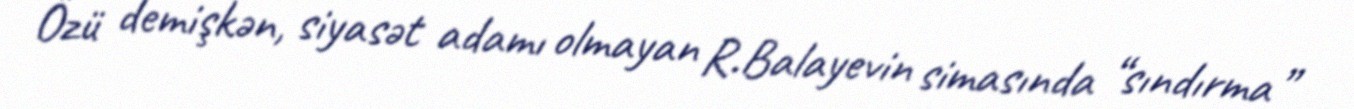
Özü demişkən, siyasət adamı olmayan R.Balayevin simasında “sındırma”